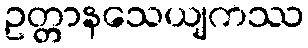
ဥတ္တာနသေယျကဿ